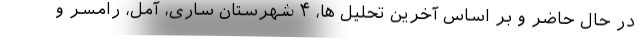
در حال حاضر و بر اساس آخرین تحلیل ها، ۴ شهرستان ساری، آمل، رامسر و